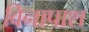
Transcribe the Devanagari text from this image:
विनापाश